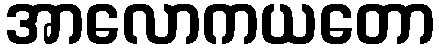
အာလောကယတော